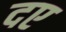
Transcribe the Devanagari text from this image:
दए